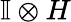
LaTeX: \mathbb{I}\otimes H